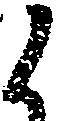
候